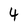
Character: 4